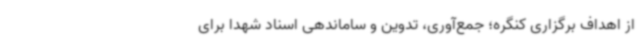
از اهداف برگزاری کنگره؛ جمع‌آوری، تدوین و ساماندهی اسناد شهدا برای